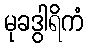
မုခဒွါရိကံ